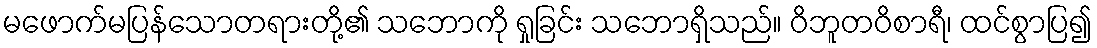
မဖောက်မပြန်သောတရားတို့၏ သဘောကို ရှုခြင်း သဘောရှိသည်။ ဝိဘူတဝိစာရီ၊ ထင်စွာပြ၍